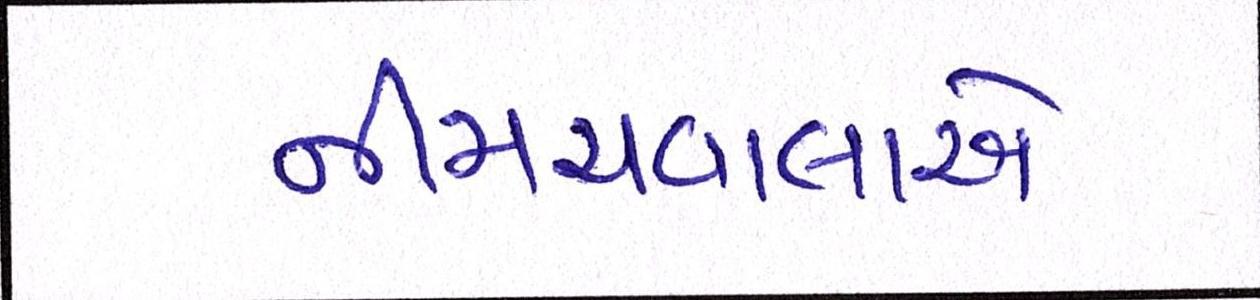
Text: નીમચવાલાએ